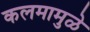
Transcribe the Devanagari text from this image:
कलमामुळे